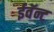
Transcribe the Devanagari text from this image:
ईवॅन्ट